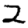
Digit: 2